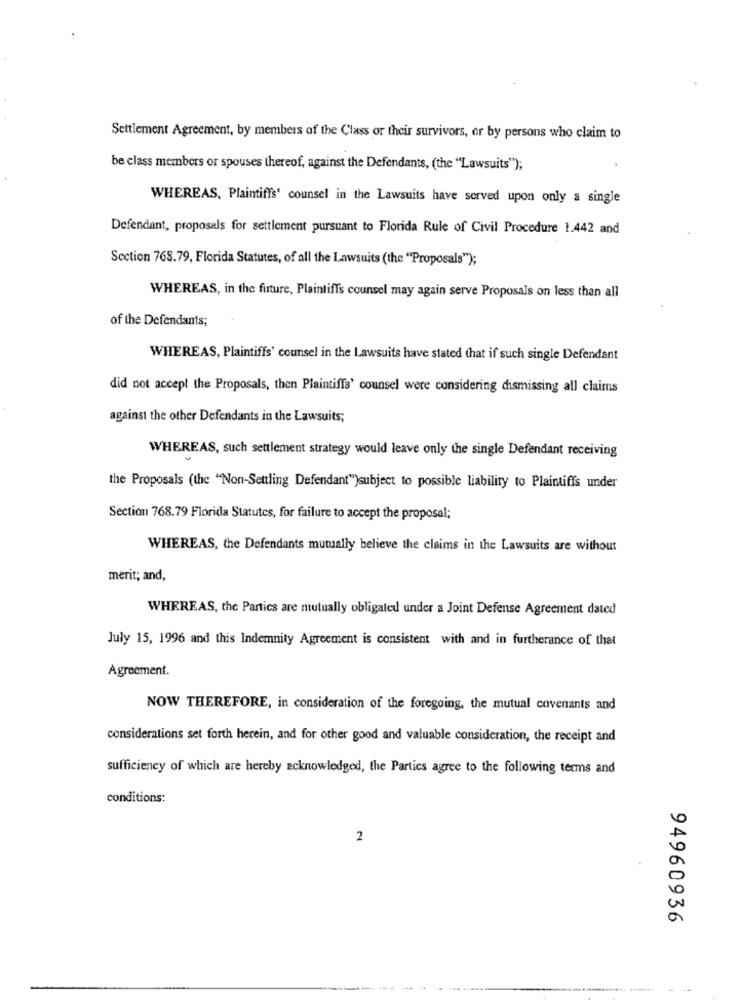
Settlement Agreement, by members of the Class or their survivors, or by persons who claim to
be class members or spouses thereof, against the Defendants, (the "Lawsuits");
WHEREAS, Plaintiffs' counsel in the Lawsuits have served upon only a single
Defendant, proposals for settlement pursuant to Florida Rule of Civil Procedure 1.442 and
Section 768.79, Florida Statutes, of all the Lawsuits (the "Proposals");
WHEREAS, in the future, Plaintiffs counsel may again serve Proposals on less than all
of the Defendants;
WHEREAS, Plaintiffs' counsel in the Lawsuits have stated that if such single Defendant
did not accept the Proposals, then Plaintiffs' counsel were considering dismissing all claims
against the other Defendants in the Lawsuits;
WHEREAS, such settlement strategy would leave only the single Defendant receiving
the Proposals (the "Non-Settling Defendant")subject to possible liability to Plaintiffs under
Section 768.79 Florida Statutes, for failure to accept the proposal;
WHEREAS, the Defendants mutually believe the claims in the Lawsuits are without
menit; and,
WHEREAS, the Parties are mutually obligated under a Joint Defense Agreement dated
July 15, 1996 and this Indemnity Agreement is consistent with and in furtherance of that
Agreement.
NOW THEREFORE, in consideration of the foregoing, the mutual covenants and
considerations set forth herein, and for other good and valuable consideration, the receipt and
sufficiency of which are hereby acknowledged, the Parties agree to the following terms and
conditions:
2
94960936